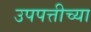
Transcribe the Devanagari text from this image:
उपपत्तीच्या